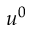
u ^ { 0 }